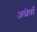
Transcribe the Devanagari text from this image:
अल्बेर्ता